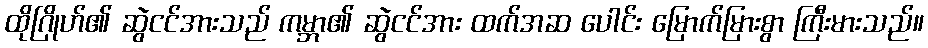
ထိုဂြိုဟ်၏ ဆွဲငင်အားသည် ကမ္ဘာ၏ ဆွဲငင်အား ထက်အဆ ပေါင်း မြောက်မြားစွာ ကြီးမားသည်။